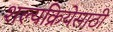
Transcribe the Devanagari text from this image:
शल्यक्रियेसाठी